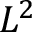
L ^ { 2 }